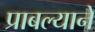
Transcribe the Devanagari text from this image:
प्राबल्याने